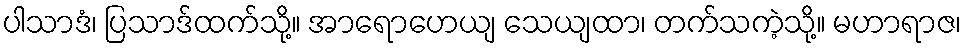
ပါသာဒံ၊ ပြသာဒ်ထက်သို့။ အာရောဟေယျ သေယျထာ၊ တက်သကဲ့သို့။ မဟာရာဇ၊